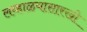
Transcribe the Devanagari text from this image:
लव्हाळयासारखी